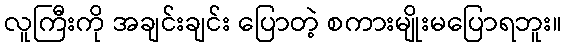
လူကြီးကို အချင်းချင်း ပြောတဲ့ စကားမျိုးမပြောရဘူး။